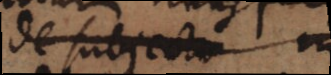
de subjecto in